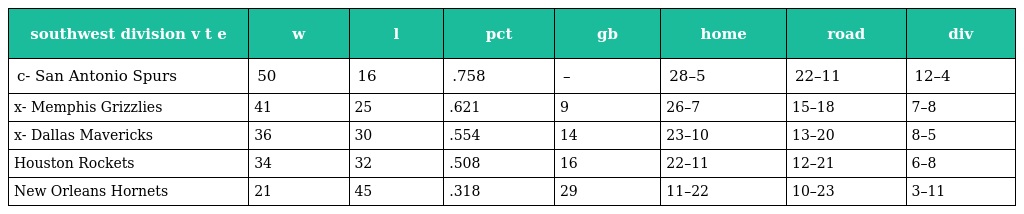
| southwest division v t e | w | l | pct | gb | home | road | div |
 | --- | --- | --- | --- | --- | --- | --- | --- |
 | c- San Antonio Spurs | 50 | 16 | .758 | – | 28–5 | 22–11 | 12–4 |
 | x- Memphis Grizzlies | 41 | 25 | .621 | 9 | 26–7 | 15–18 | 7–8 |
 | x- Dallas Mavericks | 36 | 30 | .554 | 14 | 23–10 | 13–20 | 8–5 |
 | Houston Rockets | 34 | 32 | .508 | 16 | 22–11 | 12–21 | 6–8 |
 | New Orleans Hornets | 21 | 45 | .318 | 29 | 11–22 | 10–23 | 3–11 |